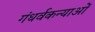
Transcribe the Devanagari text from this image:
गंधर्वकन्याओं